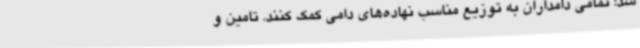
شد: تمامی دامداران به توزیع مناسب نهاده‌های دامی کمک کنند. تامین و